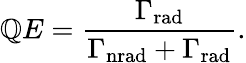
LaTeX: \mathbb{Q}E={\frac{{\Gamma_{\mathrm{{rad}}}}}{{\Gamma_{\mathrm{{nrad}}}+\Gamma_{\mathrm{{rad}}}}}}.